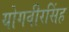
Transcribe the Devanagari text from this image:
योगवीरसिंह